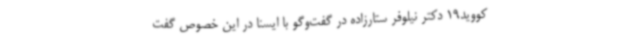
‌کووید19 دکتر نیلوفر ستارزاده در گفت‌وگو با ایسنا در این خصوص گفت